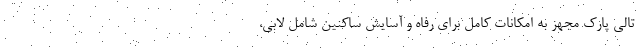
تالی پارک مجهز به امکانات کامل برای رفاه و آسایش ساکنین شامل لابی،